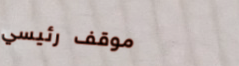
موقف رئيسي